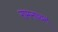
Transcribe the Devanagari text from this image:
रामनाथन्